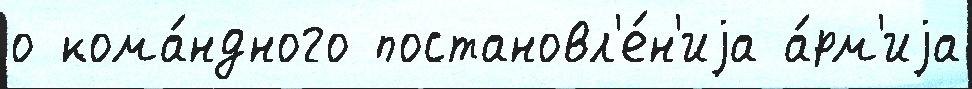
о кома́ндного постановл'е́н'иjа а́рм'иjа